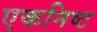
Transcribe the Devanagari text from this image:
एकनिष्ट